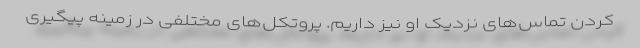
کردن تماس‌های نزدیک او نیز داریم. پروتکل‌های مختلفی در زمینه پیگیری